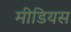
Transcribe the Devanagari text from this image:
मीडियस